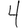
Digit: 4